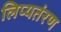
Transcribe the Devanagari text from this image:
लिप्यतंरण